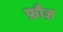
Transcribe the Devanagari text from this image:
फ़ौज़